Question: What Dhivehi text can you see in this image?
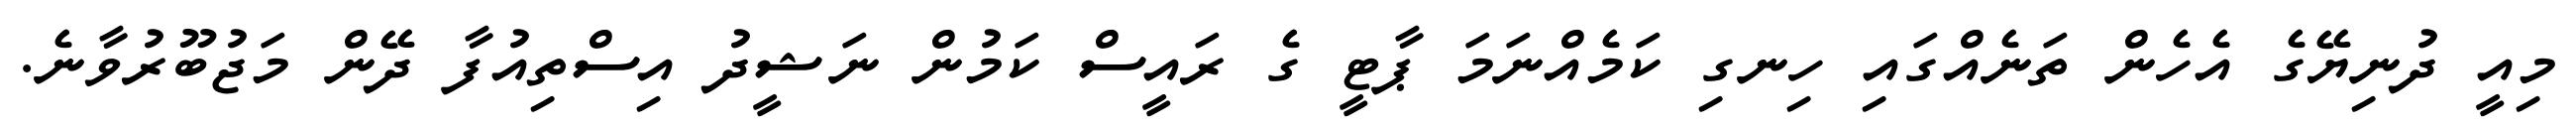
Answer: މިއީ ދުނިޔޭގެ އެހެން ތަނެއްގައި ހިނގި ކަމެއްނަމަ ޕާޓީ ގެ ރައީސް ކަމުން ނަޝީދު އިސްތިއުފާ ދޭން މަޖުބޫރުވާނެ.